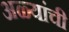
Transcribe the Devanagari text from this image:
अळ्यांची